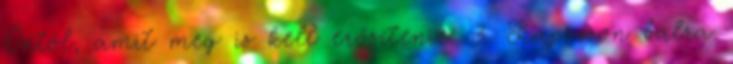
Öntől, amit meg is kell erősítenie. 3. Lapozzon balra